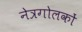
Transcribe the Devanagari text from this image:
नेत्रगोलकों